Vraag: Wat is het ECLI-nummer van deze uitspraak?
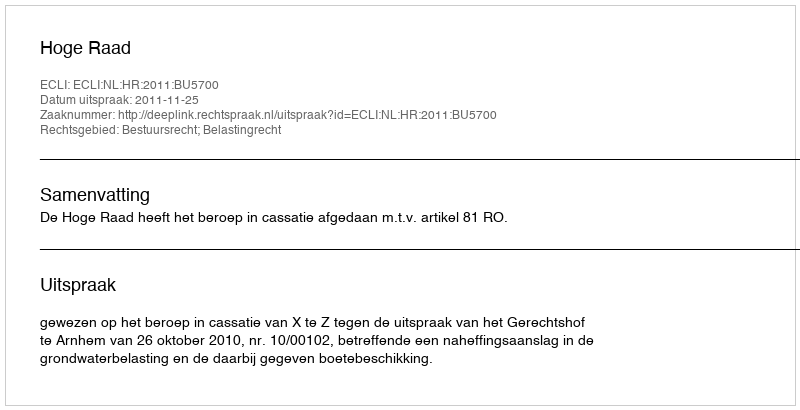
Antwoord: ECLI:NL:HR:2011:BU5700